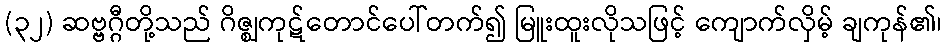
(၃၂) ဆဗ္ဗဂ္ဂီတို့သည် ဂိဇ္ဈကုဋ်တောင်ပေါ်တက်၍ မြူးထူးလိုသဖြင့် ကျောက်လှိမ့် ချကုန်၏၊